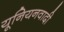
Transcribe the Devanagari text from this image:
यूनियनवादी